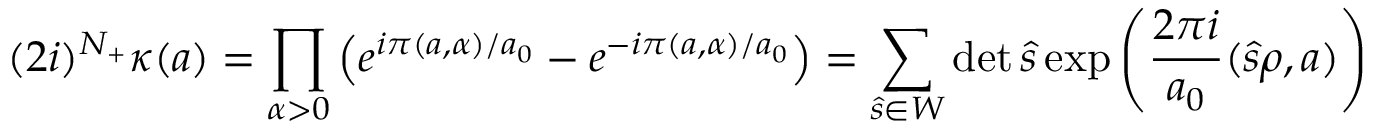
( 2 i ) ^ { N _ { + } } \kappa ( a ) = \prod _ { \alpha > 0 } ^ { } \left( e ^ { i \pi ( a , \alpha ) / a _ { 0 } } - e ^ { - i \pi ( a , \alpha ) / a _ { 0 } } \right) = \sum _ { \hat { s } \in W } ^ { } \operatorname * { d e t } \hat { s } \exp \left( \frac { 2 \pi i } { a _ { 0 } } ( \hat { s } \rho , a ) \right)